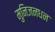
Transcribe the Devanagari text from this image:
मुनिजनधन